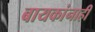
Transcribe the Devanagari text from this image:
बायकांनाही